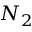
N _ { 2 }